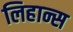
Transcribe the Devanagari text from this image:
लिहान्स